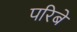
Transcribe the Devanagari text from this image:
परिबे